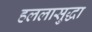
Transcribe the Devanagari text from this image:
हललासुद्धा